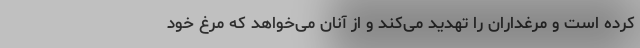
کرده است و مرغداران را تهدید می‌کند و از آنان می‌خواهد که مرغ خود